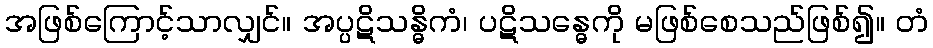
အဖြစ်ကြောင့်သာလျှင်။ အပ္ပဋိသန္ဓိကံ၊ ပဋိသန္ဓေကို မဖြစ်စေသည်ဖြစ်၍။ တံ